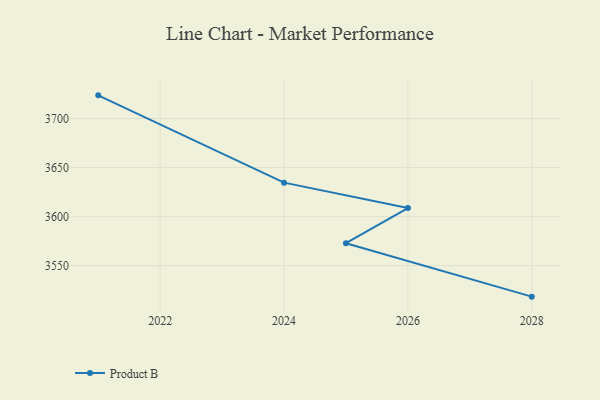
{"axis": {"x": "Year", "y": "Humidity (%)"}, "legend": ["Product B"], "data": [{"x": "2021", "y": 3723.6, "type": "Product B"}, {"x": "2024", "y": 3634.6, "type": "Product B"}, {"x": "2026", "y": 3608.7, "type": "Product B"}, {"x": "2025", "y": 3572.9, "type": "Product B"}, {"x": "2028", "y": 3518.4, "type": "Product B"}]}